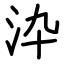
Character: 㳃